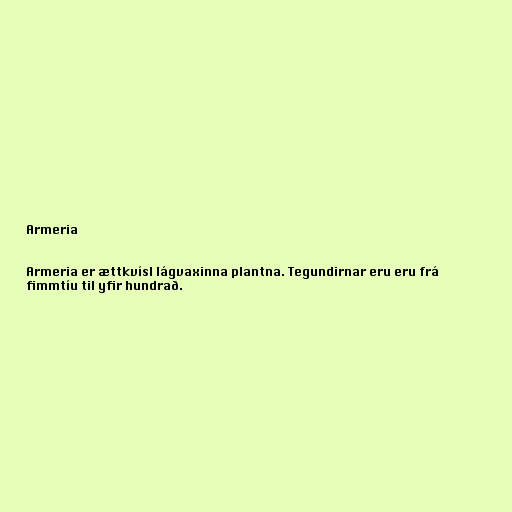
Armeria

Armeria er ættkvísl lágvaxinna plantna. Tegundirnar eru eru frá
fimmtíu til yfir hundrað.